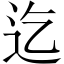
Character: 迄